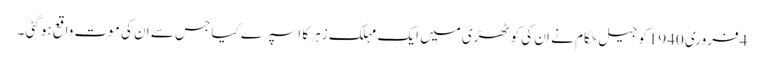
4فروری 1940کو جیل حکام نے ان کی کوٹھڑی میں ایک مہلک زہر کا اسپرے کیا جس سے ان کی موت واقع ہو گئی ۔